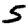
Digit: 5